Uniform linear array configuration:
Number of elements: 24
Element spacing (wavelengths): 0.5
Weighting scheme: kaiser
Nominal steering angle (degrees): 15
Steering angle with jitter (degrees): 15.347
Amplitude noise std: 0.05
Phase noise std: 0.05

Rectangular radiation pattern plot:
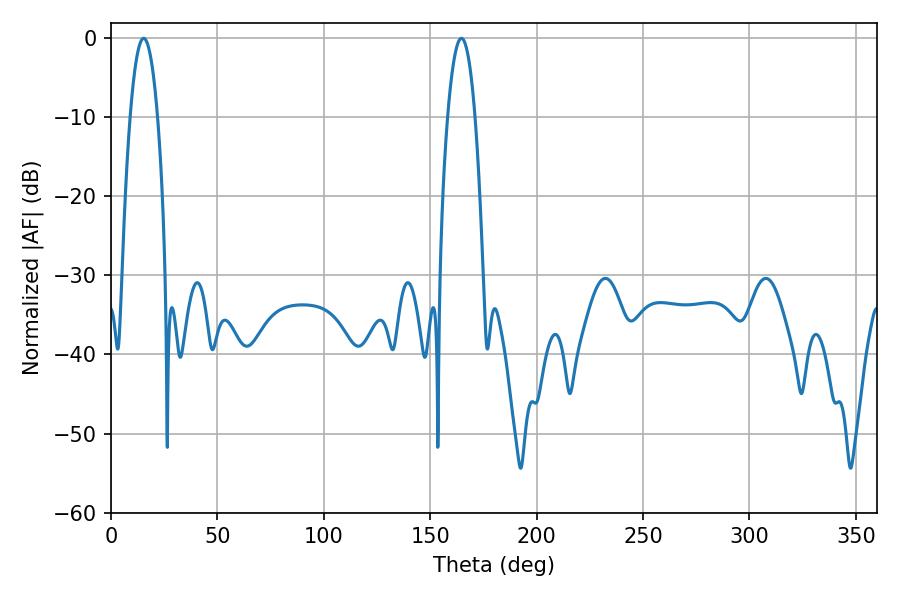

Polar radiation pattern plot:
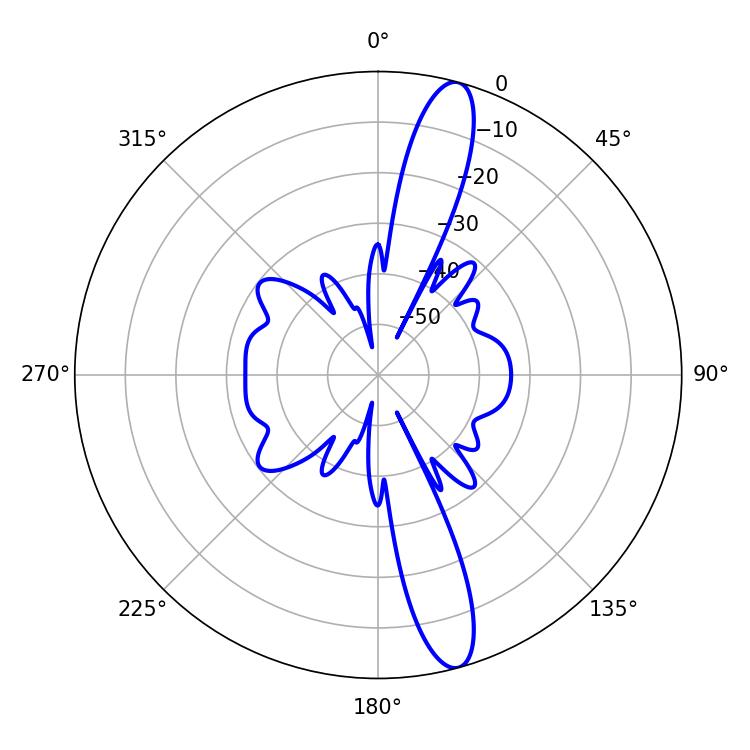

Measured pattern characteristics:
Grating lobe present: FALSE
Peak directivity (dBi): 14.526
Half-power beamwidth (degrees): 7.02
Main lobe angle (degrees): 15.3